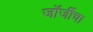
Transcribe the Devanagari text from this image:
जॉर्जीचा